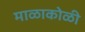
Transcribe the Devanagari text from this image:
माळाकोळी